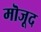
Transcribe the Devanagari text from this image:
मॊजूद